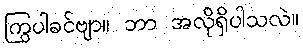
ကြွပါခင်ဗျာ။ ဘာ အလိုရှိပါသလဲ။